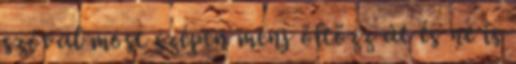
szóval most szépen menj öltözz át és ne is